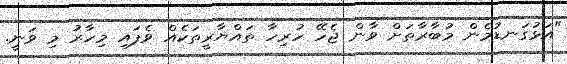
"އަޅުގަނޑުމެން މުބާރާތަށް ވާން ޖެހޭ ހުރިހާ ތައްޔާރީތަކެއް ވެފައި މިހާރު މި ވަނީ.